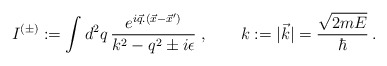
\begin{align*}I^{(\pm)}:=\int d^2q\,\frac{e^{i\vec q.(\vec x-\vec x')}}{k^2-q^2 \pm i\epsilon}\;, ~~~~~~ k:=|\vec k|=\frac{\sqrt{2mE}}{\hbar}\,. \end{align*}